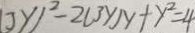
( 3 y ) ^ { 2 } - 2 ( 3 y ) y + y ^ { 2 } = 4